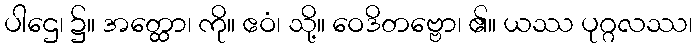
ပါဌေ၊ ၌။ အတ္ထော၊ ကို။ ဧဝံ၊ သို့။ ဝေဒိတဗ္ဗော၊ ၏။ ယဿ ပုဂ္ဂလဿ၊